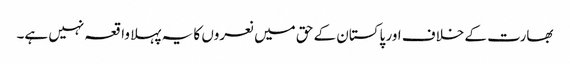
بھارت کے خلاف اور پاکستان کے حق میں نعروں کا یہ پہلا واقعہ نہیں ہے۔